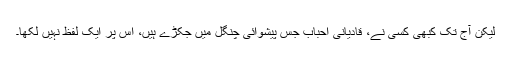
لیکن آج تک کبھی کسی نے، قادیانی احباب جس پیشوائی چنگل میں جکڑے ہیں، اس پر ایک لفظ نہیں لکھا۔